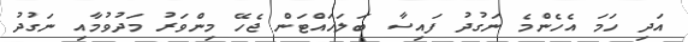
އަދި ހަމަ އެހެންމެ ނަގުދު ފައިސާ ބަލަހައްޓަން ޖެހޭ މިންވަރު މަދުވުމާއި ނަގުދު